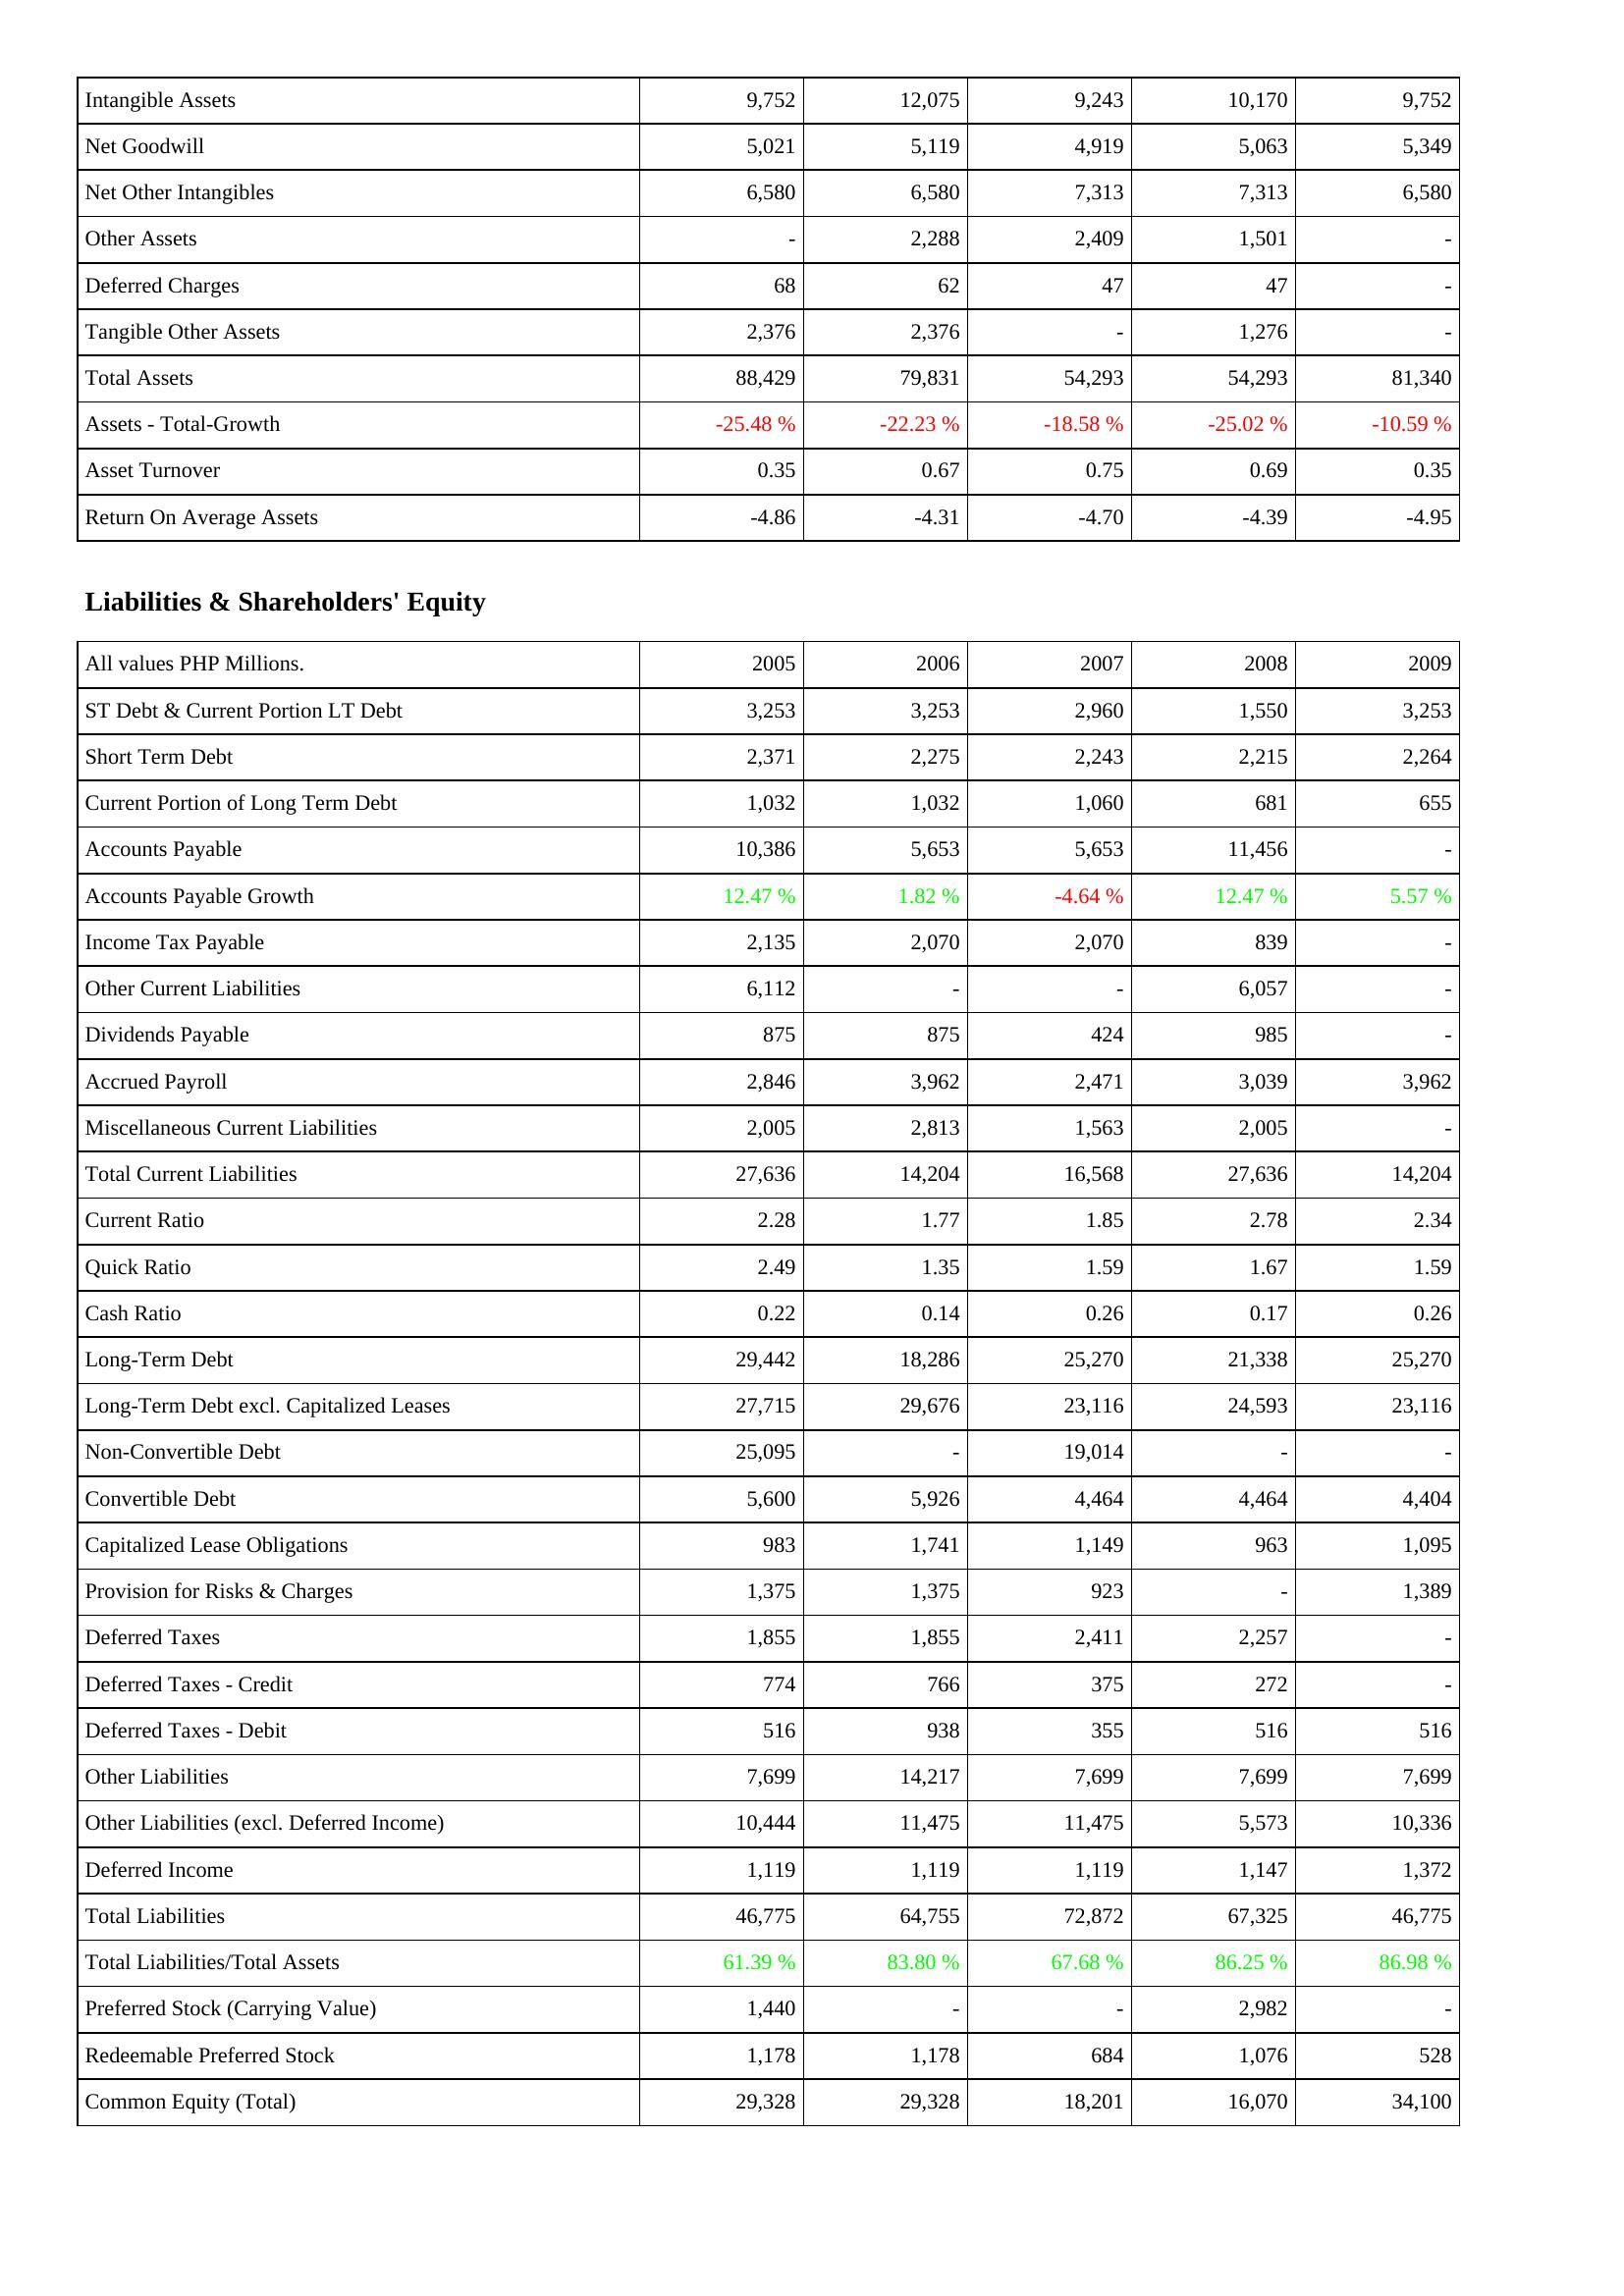
2005: Assets: Intangible Assets: 9,752
Net Goodwill: 5,021
Net Other Intangibles: 6,580
Other Assets: -
Deferred Charges: 68
Tangible Other Assets: 2,376
Total Assets: 88,429
Assets - Total-Growth: -25.48 %
Asset Turnover: 0.35
Return On Average Assets: -4.86
Liabilities & Shareholders' Equity: ST Debt & Current Portion LT Debt: 3,253
Short Term Debt: 2,371
Current Portion of Long Term Debt: 1,032
Accounts Payable: 10,386
Accounts Payable Growth: 12.47 %
Income Tax Payable: 2,135
Other Current Liabilities: 6,112
Dividends Payable: 875
Accrued Payroll: 2,846
Miscellaneous Current Liabilities: 2,005
Total Current Liabilities: 27,636
Current Ratio: 2.28
Quick Ratio: 2.49
Cash Ratio: 0.22
Long-Term Debt: 29,442
Long-Term Debt excl. Capitalized Leases: 27,715
Non-Convertible Debt: 25,095
Convertible Debt: 5,600
Capitalized Lease Obligations: 983
Provision for Risks & Charges: 1,375
Deferred Taxes: 1,855
Deferred Taxes - Credit: 774
Deferred Taxes - Debit: 516
Other Liabilities: 7,699
Other Liabilities (excl. Deferred Income): 10,444
Deferred Income: 1,119
Total Liabilities: 46,775
Total Liabilities/Total Assets: 61.39 %
Preferred Stock (Carrying Value): 1,440
Redeemable Preferred Stock: 1,178
Common Equity (Total): 29,328
2006: Assets: Intangible Assets: 12,075
Net Goodwill: 5,119
Net Other Intangibles: 6,580
Other Assets: 2,288
Deferred Charges: 62
Tangible Other Assets: 2,376
Total Assets: 79,831
Assets - Total-Growth: -22.23 %
Asset Turnover: 0.67
Return On Average Assets: -4.31
Liabilities & Shareholders' Equity: ST Debt & Current Portion LT Debt: 3,253
Short Term Debt: 2,275
Current Portion of Long Term Debt: 1,032
Accounts Payable: 5,653
Accounts Payable Growth: 1.82 %
Income Tax Payable: 2,070
Other Current Liabilities: -
Dividends Payable: 875
Accrued Payroll: 3,962
Miscellaneous Current Liabilities: 2,813
Total Current Liabilities: 14,204
Current Ratio: 1.77
Quick Ratio: 1.35
Cash Ratio: 0.14
Long-Term Debt: 18,286
Long-Term Debt excl. Capitalized Leases: 29,676
Non-Convertible Debt: -
Convertible Debt: 5,926
Capitalized Lease Obligations: 1,741
Provision for Risks & Charges: 1,375
Deferred Taxes: 1,855
Deferred Taxes - Credit: 766
Deferred Taxes - Debit: 938
Other Liabilities: 14,217
Other Liabilities (excl. Deferred Income): 11,475
Deferred Income: 1,119
Total Liabilities: 64,755
Total Liabilities/Total Assets: 83.80 %
Preferred Stock (Carrying Value): -
Redeemable Preferred Stock: 1,178
Common Equity (Total): 29,328
2007: Assets: Intangible Assets: 9,243
Net Goodwill: 4,919
Net Other Intangibles: 7,313
Other Assets: 2,409
Deferred Charges: 47
Tangible Other Assets: -
Total Assets: 54,293
Assets - Total-Growth: -18.58 %
Asset Turnover: 0.75
Return On Average Assets: -4.70
Liabilities & Shareholders' Equity: ST Debt & Current Portion LT Debt: 2,960
Short Term Debt: 2,243
Current Portion of Long Term Debt: 1,060
Accounts Payable: 5,653
Accounts Payable Growth: -4.64 %
Income Tax Payable: 2,070
Other Current Liabilities: -
Dividends Payable: 424
Accrued Payroll: 2,471
Miscellaneous Current Liabilities: 1,563
Total Current Liabilities: 16,568
Current Ratio: 1.85
Quick Ratio: 1.59
Cash Ratio: 0.26
Long-Term Debt: 25,270
Long-Term Debt excl. Capitalized Leases: 23,116
Non-Convertible Debt: 19,014
Convertible Debt: 4,464
Capitalized Lease Obligations: 1,149
Provision for Risks & Charges: 923
Deferred Taxes: 2,411
Deferred Taxes - Credit: 375
Deferred Taxes - Debit: 355
Other Liabilities: 7,699
Other Liabilities (excl. Deferred Income): 11,475
Deferred Income: 1,119
Total Liabilities: 72,872
Total Liabilities/Total Assets: 67.68 %
Preferred Stock (Carrying Value): -
Redeemable Preferred Stock: 684
Common Equity (Total): 18,201
2008: Assets: Intangible Assets: 10,170
Net Goodwill: 5,063
Net Other Intangibles: 7,313
Other Assets: 1,501
Deferred Charges: 47
Tangible Other Assets: 1,276
Total Assets: 54,293
Assets - Total-Growth: -25.02 %
Asset Turnover: 0.69
Return On Average Assets: -4.39
Liabilities & Shareholders' Equity: ST Debt & Current Portion LT Debt: 1,550
Short Term Debt: 2,215
Current Portion of Long Term Debt: 681
Accounts Payable: 11,456
Accounts Payable Growth: 12.47 %
Income Tax Payable: 839
Other Current Liabilities: 6,057
Dividends Payable: 985
Accrued Payroll: 3,039
Miscellaneous Current Liabilities: 2,005
Total Current Liabilities: 27,636
Current Ratio: 2.78
Quick Ratio: 1.67
Cash Ratio: 0.17
Long-Term Debt: 21,338
Long-Term Debt excl. Capitalized Leases: 24,593
Non-Convertible Debt: -
Convertible Debt: 4,464
Capitalized Lease Obligations: 963
Provision for Risks & Charges: -
Deferred Taxes: 2,257
Deferred Taxes - Credit: 272
Deferred Taxes - Debit: 516
Other Liabilities: 7,699
Other Liabilities (excl. Deferred Income): 5,573
Deferred Income: 1,147
Total Liabilities: 67,325
Total Liabilities/Total Assets: 86.25 %
Preferred Stock (Carrying Value): 2,982
Redeemable Preferred Stock: 1,076
Common Equity (Total): 16,070
2009: Assets: Intangible Assets: 9,752
Net Goodwill: 5,349
Net Other Intangibles: 6,580
Other Assets: -
Deferred Charges: -
Tangible Other Assets: -
Total Assets: 81,340
Assets - Total-Growth: -10.59 %
Asset Turnover: 0.35
Return On Average Assets: -4.95
Liabilities & Shareholders' Equity: ST Debt & Current Portion LT Debt: 3,253
Short Term Debt: 2,264
Current Portion of Long Term Debt: 655
Accounts Payable: -
Accounts Payable Growth: 5.57 %
Income Tax Payable: -
Other Current Liabilities: -
Dividends Payable: -
Accrued Payroll: 3,962
Miscellaneous Current Liabilities: -
Total Current Liabilities: 14,204
Current Ratio: 2.34
Quick Ratio: 1.59
Cash Ratio: 0.26
Long-Term Debt: 25,270
Long-Term Debt excl. Capitalized Leases: 23,116
Non-Convertible Debt: -
Convertible Debt: 4,404
Capitalized Lease Obligations: 1,095
Provision for Risks & Charges: 1,389
Deferred Taxes: -
Deferred Taxes - Credit: -
Deferred Taxes - Debit: 516
Other Liabilities: 7,699
Other Liabilities (excl. Deferred Income): 10,336
Deferred Income: 1,372
Total Liabilities: 46,775
Total Liabilities/Total Assets: 86.98 %
Preferred Stock (Carrying Value): -
Redeemable Preferred Stock: 528
Common Equity (Total): 34,100